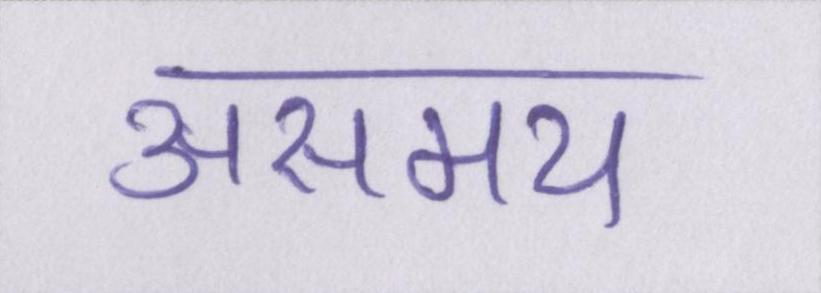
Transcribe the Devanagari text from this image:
असमय